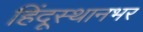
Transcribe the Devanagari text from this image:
हिंदूस्थानभर